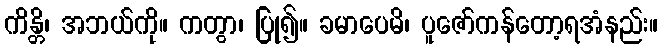
ကိန္တိ၊ အဘယ်ကို။ ကတွာ၊ ပြု၍။ ခမာပေမိ၊ ပူဇော်ကန်တော့ရအံနည်း။